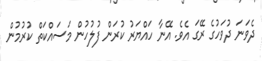
ދެވަނަ ދުވަހުގެ ރޭގަ އެވެ. އޭނާ ހައްޔަރު ކުރަން ފުލުހުން މަސައްކަތް ކުރުމުން